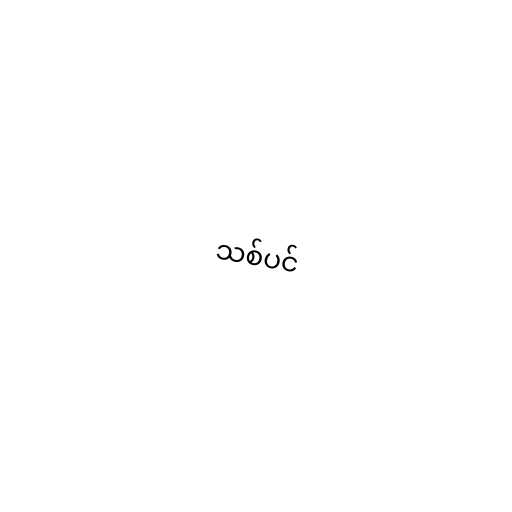
သစ်ပင်